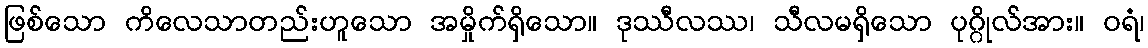
ဖြစ်သော ကိလေသာတည်းဟူသော အမှိုက်ရှိသော။ ဒုဿီလဿ၊ သီလမရှိသော ပုဂ္ဂိုလ်အား။ ဝရံ၊